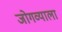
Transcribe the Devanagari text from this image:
जोगव्याला